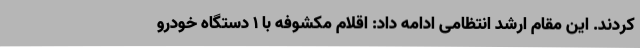
کردند. این مقام ارشد انتظامی ادامه داد: اقلام مکشوفه با 1 دستگاه خودرو